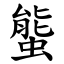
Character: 螚